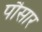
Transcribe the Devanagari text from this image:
पौसार